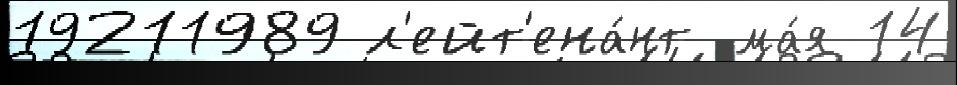
19211989 л'ейт'ена́нт ма́я 14